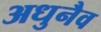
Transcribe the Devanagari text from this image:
अधुनैव